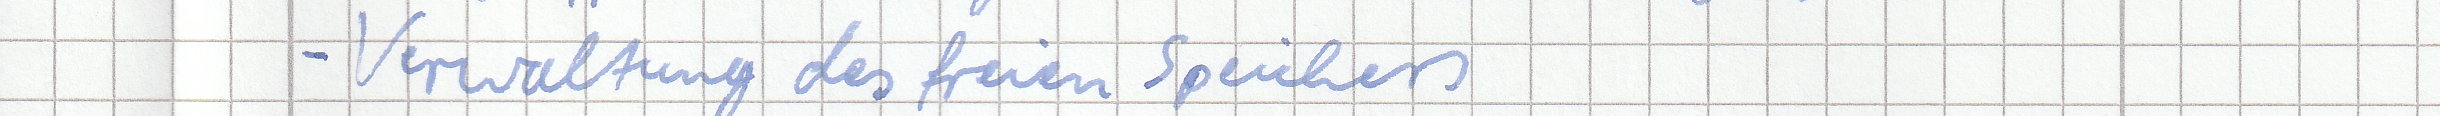
- Verwaltung des freien Speichers